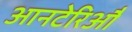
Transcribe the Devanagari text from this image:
आनटेरिऔ